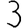
Digit: 3